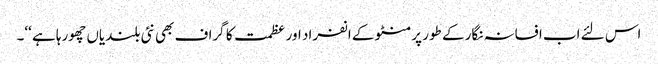
اس لئے اب افسانہ نگار کے طور پر منٹو کے انفراد اور عظمت کا گراف بھی نئی بلندیاں چھورہا ہے ‘‘۔